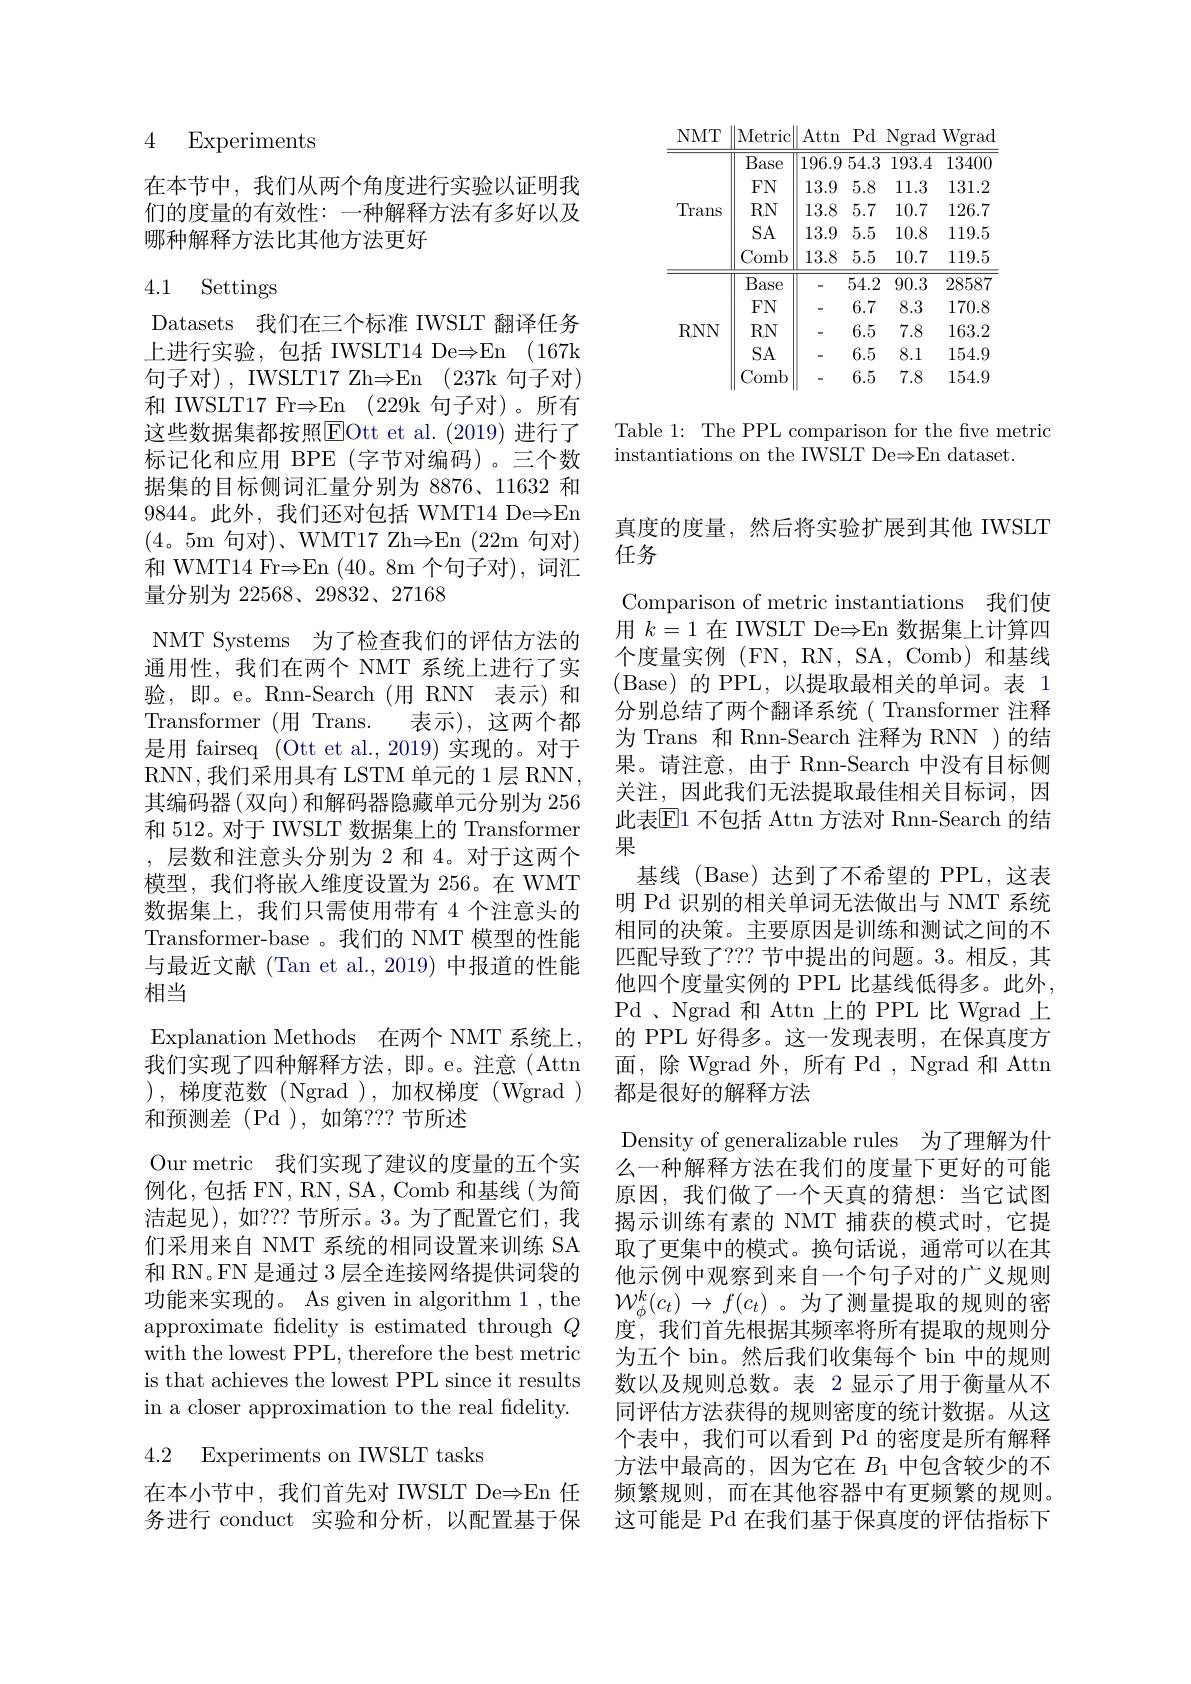
4 Experiments

在本节中，我们从两个角度进行实验以证明我们的度量的有效性：一种解释方法有多好以及哪种解释方法比其他方法更好

## 4.1 Settings

Datasets 我们在三个标准 IWSLT 翻译任务上进行实验，包括 IWSLT14 De$\Rightarrow$En (167k 句子对), IWSLT17 Zh$\Rightarrow$E$n$ (237k 句子对) 和 IWSLT17 Fr$\Rightarrow$En (229k 句子对)。所有这些数据集都按照$\boxed{\mathrm{E}}$Ott et al.(2019)进行了标记化和应用 BPE(字节对编码)。三个数据集的目标侧词汇量分别为 8876、11632 和9844。此外，我们还对包括 WMT14 De$\Rightarrow$En (4。5m 句对)、WMT17 Zh$\Rightarrow$E$n ( 22$m 句对) 和 WMT14 FrsEn (40。8m 个句子对),词汇量分别为 22568、29832、27168
NMT Systems 为了检查我们的评估方法的通用性，我们在两个 NMT 系统上进行了实验，即。e。Rnn-Search(用 RNN 表示)和Transformer (用 Trans. 表示),这两个都是用 fairseq (Ott et al., 2019) 实现的。对于RNN,我们采用具有 LSTM 单元的 1 层 RNN, 其编码器(双向)和解码器隐藏单元分别为 256和 512。对于 IWSLT 数据集上的 Transformer ,层数和注意头分别为 2 和 4。对于这两个模型，我们将嵌入维度设置为 256。在 WMT 数据集上，我们只需使用带有 4 个注意头的Transformer-base 。我们的 NMT 模型的性能与最近文献 (Tan et al., 2019) 中报道的性能相当
Explanation Methods 在两个 NMT 系统上， 我们实现了四种解释方法，即。e。注意(Attn ),梯度范数(Ngrad),加权梯度(Wgrad) 和预测差(Pd),如第？??节所述
Our metric 我们实现了建议的度量的五个实例化，包括 FN, RN, SA, Comb 和基线(为简洁起见),如？??节所示。3。为了配置它们，我们采用来自 NMT 系统的相同设置来训练 SA 和 RN。FN 是通过 3 层全连接网络提供词袋的功能来实现的。As given in algorithm 1 , the approximate fidelity is estimated through $Q$ with the lowest PPL, therefore the best metric is that achieves the lowest PPL since it results in a closer approximation to the real fidelity. 4.2 Experiments on IWSLT tasks

<table>
	<tbody>
		<tr>
			<th>$NMT$</th>
			<th>Metric</th>
			<th>Attn</th>
			<th>$Pd$</th>
			<th>Ngrad</th>
			<th>Wgrad</th>
		</tr>
		<tr>
			<td rowspan="5">Trans</td>
			<td>Base</td>
			<td>196.9</td>
			<td>$\overline{54.3}$</td>
			<td>193.4</td>
			<td>13400</td>
		</tr>
		<tr>
			<td>$FN$</td>
			<td>13.9</td>
			<td>5.8</td>
			<td>11.3</td>
			<td>131.2</td>
		</tr>
		<tr>
			<td>$RN$</td>
			<td>13.8</td>
			<td>5.7</td>
			<td>10.7</td>
			<td>126.7</td>
		</tr>
		<tr>
			<td>$SA$</td>
			<td>13.9</td>
			<td>5.5</td>
			<td>10.8</td>
			<td>119.5</td>
		</tr>
		<tr>
			<td>Comb</td>
			<td>13.8</td>
			<td>5.5</td>
			<td>10.7</td>
			<td>119.5</td>
		</tr>
		<tr>
			<td> </td>
			<td>Base</td>
			<td>-</td>
			<td>$\overline{54.2}$</td>
			<td>90.3</td>
			<td>28587</td>
		</tr>
		<tr>
			<td rowspan="4">$RNN$</td>
			<td>$FN$</td>
			<td>-</td>
			<td>6.7</td>
			<td>8.3</td>
			<td>170.8</td>
		</tr>
		<tr>
			<td>$RN$</td>
			<td>-</td>
			<td>6.5</td>
			<td>7.8</td>
			<td>163.2</td>
		</tr>
		<tr>
			<td>SA</td>
			<td>-</td>
			<td>6.5</td>
			<td>8.1</td>
			<td>154.9</td>
		</tr>
		<tr>
			<td>Comb</td>
			<td>-</td>
			<td>6.5</td>
			<td>7.8</td>
			<td>154.9</td>
		</tr>
	</tbody>
</table>

Table 1: The PPL comparison for the five metric
instantiations on the IWSLT De$\Rightarrow$En dataset.

真度的度量，然后将实验扩展到其他 IWSLT
任务

Comparison of metric instantiations 我们使用$k=1$在 IWSLT De$\Rightarrow$En 数据集上计算四

个度量实例 (FN, RN, SA, Comb) 和基线(Base)的 PPL,以提取最相关的单词。表 1分别总结了两个翻译系统( Transformer 注释为 Trans 和 Rnn-Search 注释为 RNN )的结果。请注意，由于 Rnn-Search 中没有目标侧关注，因此我们无法提取最佳相关目标词，因此表$\mathbb{E}1$ 不包括 Attn 方法对 Rnn-Search 的结果
基线(Base)达到了不希望的 PPL,这表明 Pd 识别的相关单词无法做出与 NMT 系统相同的决策。主要原因是训练和测试之间的不匹配导致了？?? 节中提出的问题。3。相反，其他四个度量实例的 PPL 比基线低得多。此外， Pd , Ngrad 和 Attn 上的 PPL 比 Wgrad 上的 PPL 好得多。这一发现表明，在保真度方面，除 Wgrad 外，所有 Pd , Ngrad 和 Attn 都是很好的解释方法
Density of generalizable rules 为了理解为什么一种解释方法在我们的度量下更好的可能原因，我们做了一个天真的猜想：当它试图揭示训练有素的 NMT 捕获的模式时，它提取了更集中的模式。换句话说，通常可以在其他示例中观察到来自一个句子对的广义规则$\mathcal{W}_\phi^k(c_t)\to f(c_t)$。为了测量提取的规则的密度，我们首先根据其频率将所有提取的规则分为五个 bin。然后我们收集每个 bin 中的规则数以及规则总数。表 2 显示了用于衡量从不同评估方法获得的规则密度的统计数据。从这个表中，我们可以看到 Pd 的密度是所有解释方法中最高的，因为它在$B_{1}$中包含较少的不
在本小节中，我们首先对 IWSLT De$\Rightarrow$En 任 频繁规则，而在其他容器中有更频繁的规则。务进行 conduct 实验和分析，以配置基于保 这可能是 Pd 在我们基于保真度的评估指标下